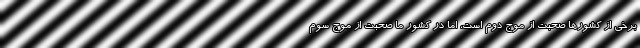
برخی از کشور‌ها صحبت از موج دوم است، اما در کشور ما صحبت از موج سوم